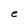
Character: e